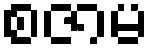
စဇာမ